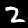
Digit: 2